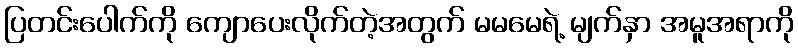
ပြတင်းပေါက်ကို ကျောပေးလိုက်တဲ့အတွက် မမမေရဲ့ မျက်နှာ အမူအရာကို